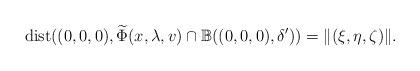
LaTeX: \begin{align*} {\rm dist}((0,0,0),\widetilde{\Phi}(x,\lambda,v)\cap\mathbb{B}((0,0,0),\delta')) =\|(\xi,\eta,\zeta)\|. \end{align*}